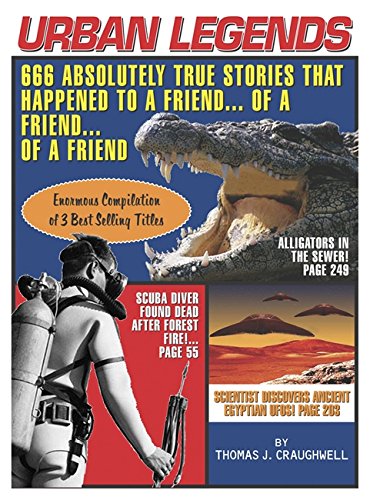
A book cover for Urban Legends: 666 Absolutely True Stories That Happened to a Friend...of a Friend?of a Friend; Thomas J. Craughwell; Humor & Entertainment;